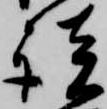
談